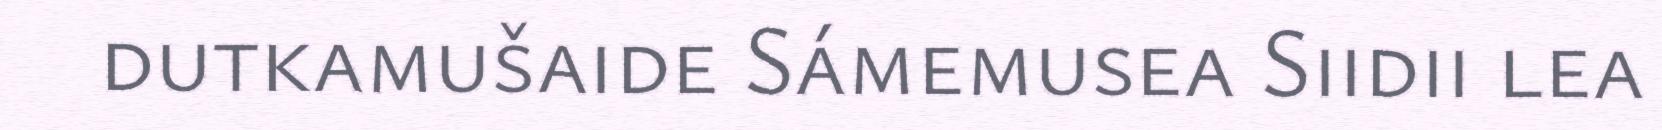
dutkamušaide Sámemusea Siidii lea